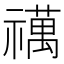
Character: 𥜍